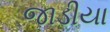
જાડીયા